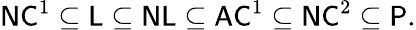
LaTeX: {\mathsf{NC}}^{1}\subseteq{\mathsf{L}}\subseteq{\mathsf{NL}}\subseteq{\mathsf{AC}}^{1}\subseteq{\mathsf{NC}}^{2}\subseteq{\mathsf{P}}.